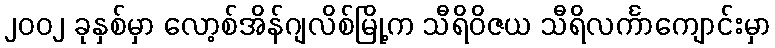
၂၀၀၂ ခုနှစ်မှာ လော့စ်အိန်ဂျလိစ်မြို့က သီရိဝိဇယ သီရိလင်္ကာကျောင်းမှာ